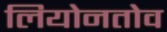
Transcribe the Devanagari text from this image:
लियोनतोव